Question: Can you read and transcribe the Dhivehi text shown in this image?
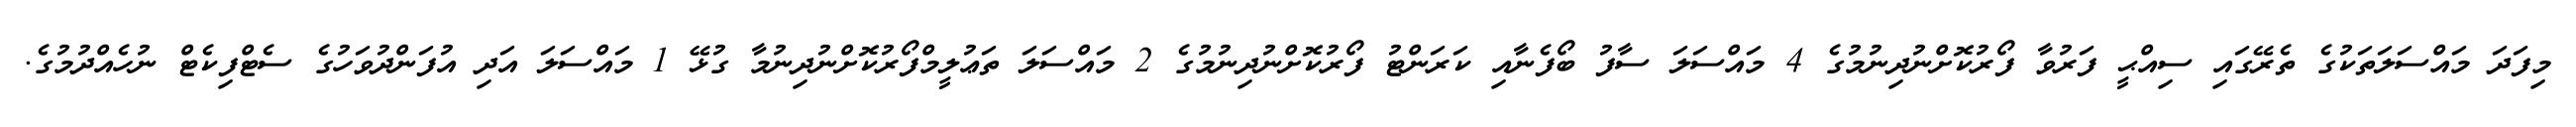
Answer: މިފަދަ މައްސަލަތަކުގެ ތެރޭގައި ސިއްޙީ ފަރުވާ ފޯރުކޮށްނުދިނުމުގެ 4 މައްސަލަ ސާފު ބޯފެނާއި ކަރަންޓު ފޯރުކޮށްނުދިނުމުގެ 2 މައްސަލަ ތަޢުލީމްފޯރުކޮށްނުދިނުމާ ގުޅޭ 1 މައްސަލަ އަދި އުފަންދުވަހުގެ ސެޓްފިކެޓް ނުހެއްދުމުގެ.